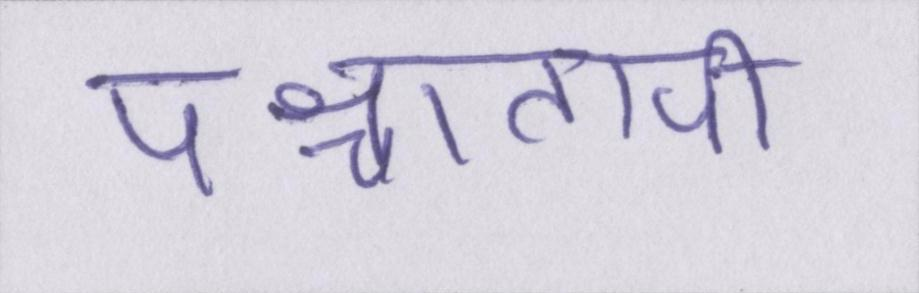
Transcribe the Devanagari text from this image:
पश्चातापी